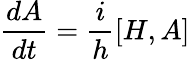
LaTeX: \frac{dA}{dt}=\frac{i}{h}[H,A]